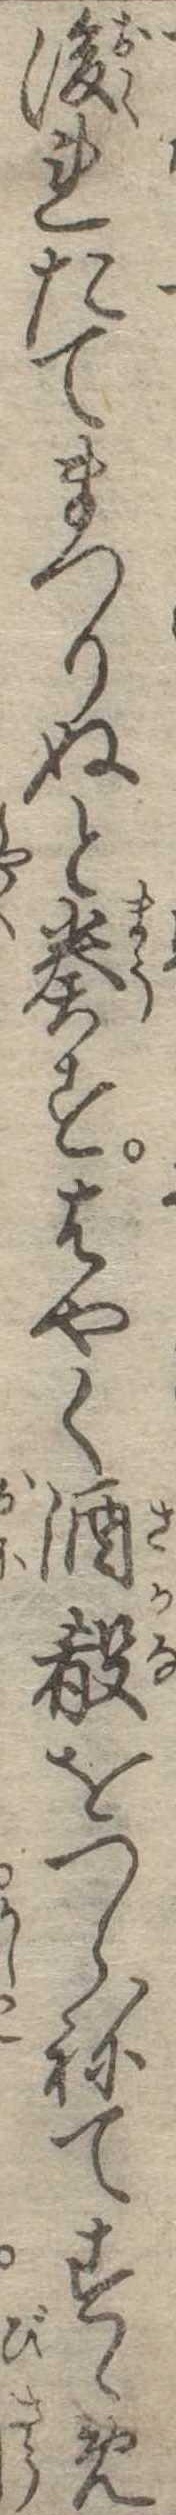
後れたてまつりぬと奏すはやく酒をつらねてすゝめ